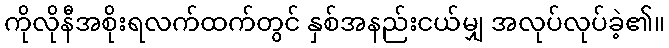
ကိုလိုနီအစိုးရလက်ထက်တွင် နှစ်အနည်းငယ်မျှ အလုပ်လုပ်ခဲ့၏။